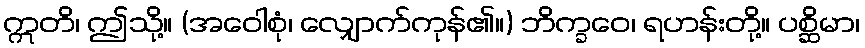
ဣတိ၊ ဤသို့။ (အဝေါစုံ၊ လျှောက်ကုန်၏။) ဘိက္ခဝေ၊ ရဟန်းတို့။ ပစ္ဆိမာ၊